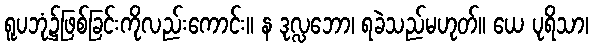
ရူပဘုံ၌ဖြစ်ခြင်းကိုလည်းကောင်း။ န ဒုလ္လဘော၊ ရခဲသည်မဟုတ်။ ယေ ပုရိသာ၊